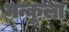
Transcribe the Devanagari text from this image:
मन्कूला